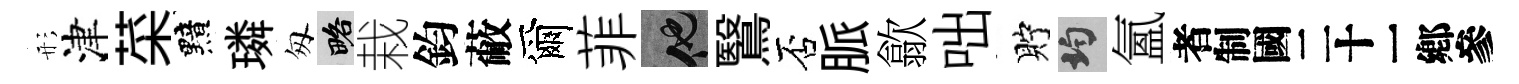
形津菜黯璘匆略栽鈞蔽爾菲他鷖否脈歙咄貯均氳识